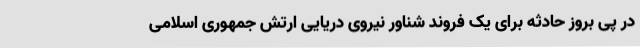
در پی بروز حادثه برای یک فروند شناور نیروی دریایی ارتش جمهوری اسلامی